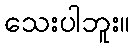
သေးပါဘူး။